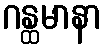
ဂန္ထမာနာ